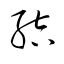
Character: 結